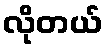
လိုတယ်